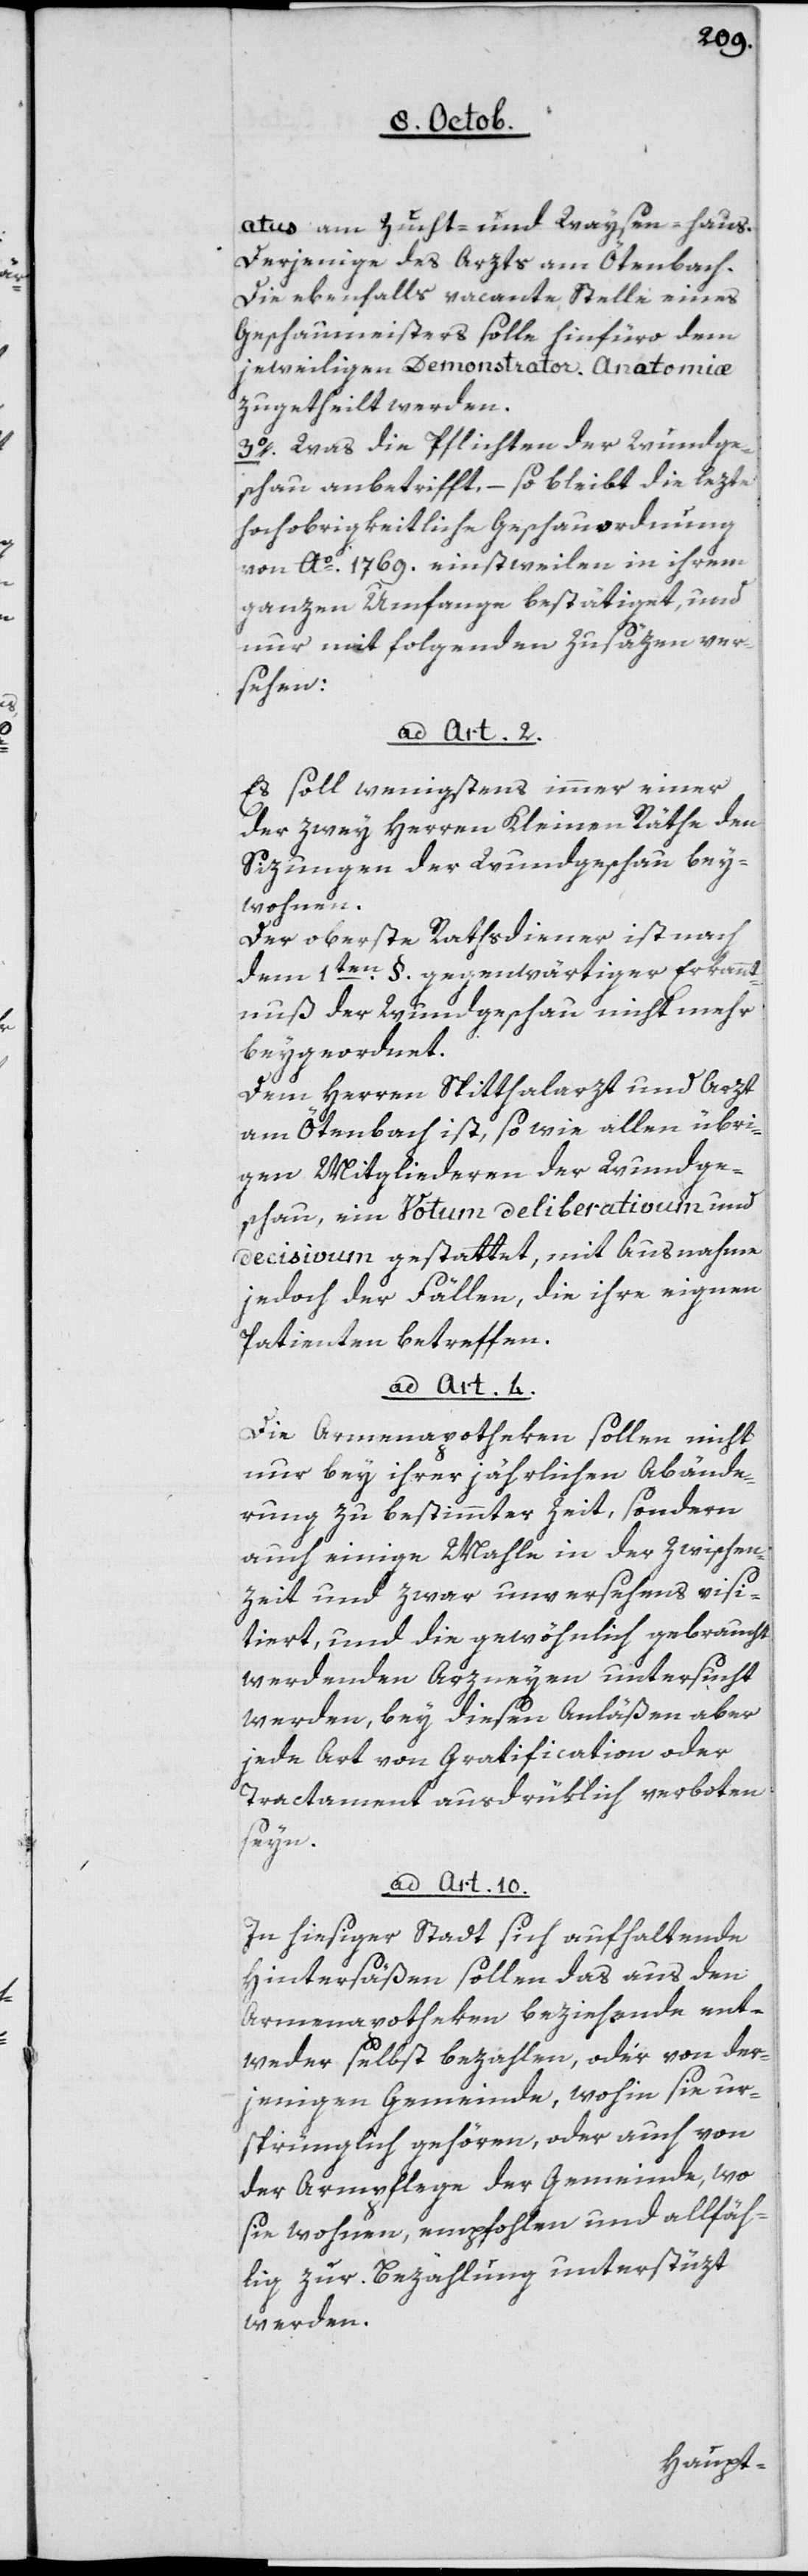
atus am Zucht- und Waysen-Haus.
Derjenige des Arzts am Ötenbach.
Die ebenfalls vacante Stelle eines
Geschaumeisters solle hiefüro dem
jeweiligen Demonstrator Anatomiae
zugtheilt werden.
3o Was die Pflichten der Wundge¬
schau anbetrifft, – so bleibt die lezte
hochobrigkeitliche Geschauordnung
von Ao 1769 einstweilen in ihrem
ganzen Umfange bestätiget, und
nur mit folgenden Zusäzen ver¬
sehen:
ad Art. 2.
Es soll wenigstens immer einer
der zwey Herren Kleinen Räthe den
Sizungen der Wundgeschau bey¬
wohnen.
Der oberste Rathsdiener ist nach
dem 1ten § gegenwärtiger Erkannt¬
nuß der Wundgeschau nicht mehr
beygeordnet.
Dem Herren Spitthalarzt und Arzt
am Ötenbach ist, so wie allen übri¬
gen Mitgliederen der Wunge¬
schau, ein Votum deliberativum und
decisium gestattet, mit Ausnahme
jedoch der Fällen, die ihre eignen
Patienten betreffen.
ad Art. 4.
Die Armenapotheken sollen nicht
nur bey ihrer jährlichen Abände¬
rung zu bestimmter Zeit, sondern
auch einige Mahle in der Zwischen¬
zeit und zwar unversehens visi¬
tiert, und die gewöhnlich gebraucht
werdenden Arzneien untersucht
werden, bey diesen Anläßen aber
jede Art von Gratification oder
Tractament ausdrüklich verboten
seyn.
ad Art. 10.
In hiesiger Stadt sich aufhaltende
Hintersäßen sollen das aus den
Armenapotheken Beziehende ent¬
weder selbst bezahlen, oder von der¬
jenigen Gemeinde, wohin sie ur¬
sprünglich gehören, oder auch von
der Armenpflege der Gemeinde, wo
sie wohnen, empfohlen und allfäh¬
lig zur Bezahlung unterstüzt
werden.